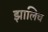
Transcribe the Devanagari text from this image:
झालिच